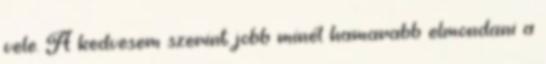
vele. A kedvesem szerint jobb minél hamarabb elmondani a